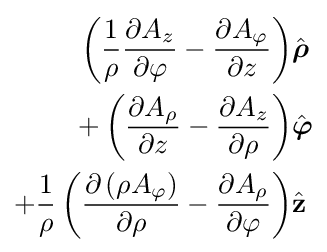
{\begin{aligned}\left({\frac {1}{\rho }}{\frac {\partial A_{z}}{\partial \varphi }}-{\frac {\partial A_{\varphi }}{\partial z}}\right)&{\hat {\boldsymbol {\rho }}}\\+\left({\frac {\partial A_{\rho }}{\partial z}}-{\frac {\partial A_{z}}{\partial \rho }}\right)&{\hat {\boldsymbol {\varphi }}}\\+{\frac {1}{\rho }}\left({\frac {\partial \left(\rho A_{\varphi }\right)}{\partial \rho }}-{\frac {\partial A_{\rho }}{\partial \varphi }}\right)&{\hat {\mathbf {z} }}\end{aligned}}